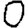
Digit: 0